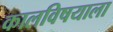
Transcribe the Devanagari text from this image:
कालविषयाला